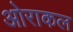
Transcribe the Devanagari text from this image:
ओराकल